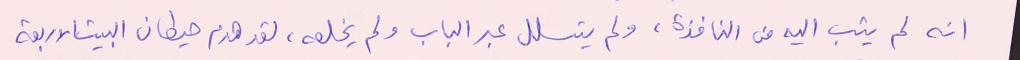
انه لم يثب اليه من النافذة، ولم يتسلل عبر الباب ولم يخلعه، لقد هدم حيطان البيت الاربعة